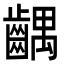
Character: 齵